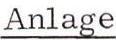
Anlage